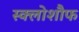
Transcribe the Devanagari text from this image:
स्क्लोशौफ